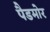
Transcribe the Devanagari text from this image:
पैडमोर